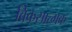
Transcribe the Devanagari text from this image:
विकसात्मक